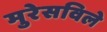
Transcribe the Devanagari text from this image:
मुरेसविले